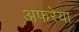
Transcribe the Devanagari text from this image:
अफरेया